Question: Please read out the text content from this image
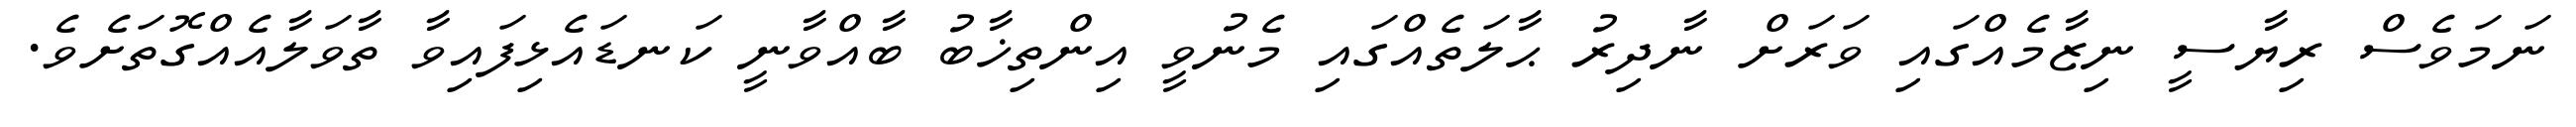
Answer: ނަމަވެސް ރިޔާސީ ނިޒާމެއްގައި ވަރަށް ނާދިރު ޙާލަތެއްގައި މެނުވީ އިންތިޚާބު ބާއްވާނީ ކަނޑައެޅިފައިވާ ތާވަލާއެއްގޮތަށެވެ.